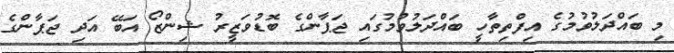
މި ބައްދަލުވުމުގެ އިފްތިތާހީ ބައްދަލުވުމުގައި ޖަޕާންގެ ބޮޑުވަޒީރު ޝިންޒޯ އަބޭ އަދި ޖަޕާންގެ